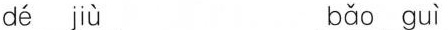
dé jù bǎo guì